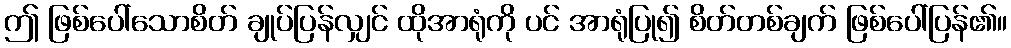
ဤ ဖြစ်ပေါ်သောစိတ် ချုပ်ပြန်လျှင် ထိုအာရုံကို ပင် အာရုံပြု၍ စိတ်တစ်ချက် ဖြစ်ပေါ်ပြန်၏။